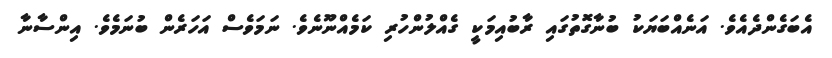
އެބަގެންދެއެވެ. އަނެއްބަޔަކު ބުނާގޮތުގައި ރާބުއިމަކީ ގެއްލުންހުރި ކަމެއްނޫނެވެ. ނަމަވެސް އަހަރެން ބުނަމެވެ. އިންސާނާ